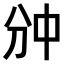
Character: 𫡇